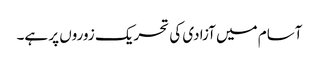
آسام میں آزادی کی تحریک زوروں پر ہے۔